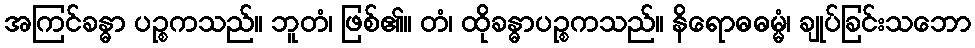
အကြင်ခန္ဓာ ပဉ္စကသည်။ ဘူတံ၊ ဖြစ်၏။ တံ၊ ထိုခန္ဓာပဉ္စကသည်။ နိရောဓဓမ္မံ၊ ချုပ်ခြင်းသဘော